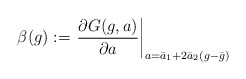
\begin{align*}\beta (g) := \left.\frac{\partial G(g,a)}{\partial a} \right|_{a=\bar{a}_1+2\bar{a}_2(g-\bar{g})}\end{align*}